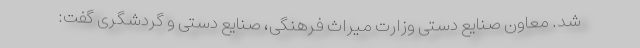
شد. معاون صنایع دستی وزارت میراث فرهنگی، صنایع دستی و گردشگری گفت: